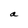
Character: a